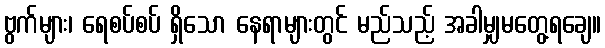
ဗွက်များ၊ ရေစပ်စပ် ရှိသော နေရာများတွင် မည်သည့် အခါမျှမတွေ့ရချေ။